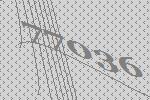
77036